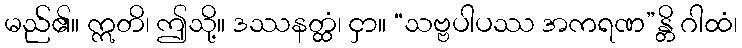
မည်၏။ ဣတိ၊ ဤသို့။ ဒဿနတ္ထံ၊ ငှာ။ “သဗ္ဗပါပဿ အကရဏ”န္တိ ဂါထံ၊